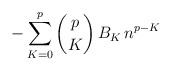
\begin{align*} - \sum_{K=0}^{p} \binom{p}{K} \, B_K \, n^{p-K}\end{align*}